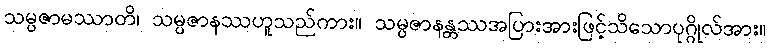
သမ္ပဇာမဿာတိ၊ သမ္ပဇာနဿဟူသည်ကား။ သမ္ပဇာနန္တဿအပြားအားဖြင့်သိသောပုဂ္ဂိုလ်အား။